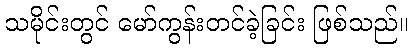
သမိုင်းတွင် မော်ကွန်းတင်ခဲ့ခြင်း ဖြစ်သည်။